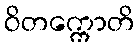
ဝိတက္ကောတိ